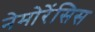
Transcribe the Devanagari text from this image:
नेमोरेंसिस